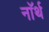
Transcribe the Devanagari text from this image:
नाॅर्थ